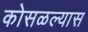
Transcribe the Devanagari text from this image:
कोसळल्यास